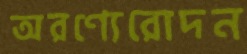
অরণ্যেরোদন